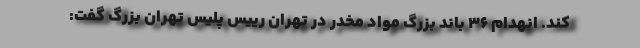
کند. انهدام ۳۶ باند بزرگ مواد مخدر در تهران رییس پلیس تهران بزرگ گفت: